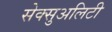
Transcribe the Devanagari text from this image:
सेक्सुअलिटी